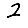
Digit: 2